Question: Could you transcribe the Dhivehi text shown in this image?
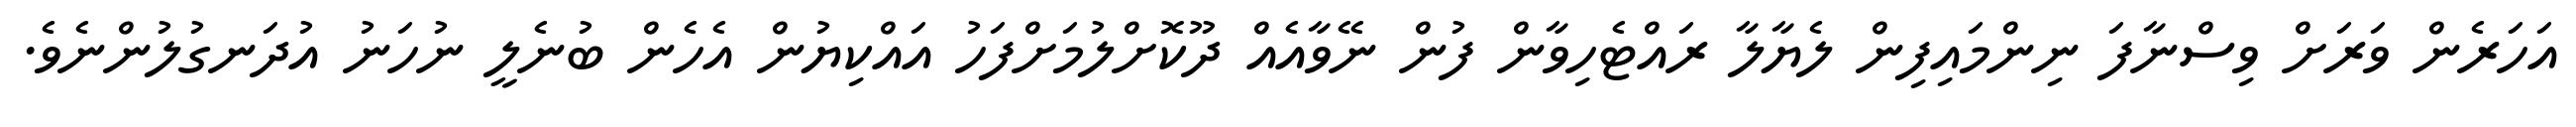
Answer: އަހަރެން ވަރަށް ވިސްނާފަ ނިންމައިފިން ލެޔާލާ ރައްޓެހިވާން ފުން ނޭވާއެއް ދޫކޮށްލުމަށްފަހު އައްކިޔުން އެހެން ބުނެލީ ނުހަނު އުދަނގުލުންނެވެ.